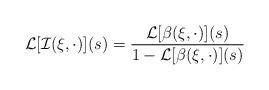
LaTeX: \begin{align*}\mathcal{L}[\mathcal{I}(\xi,\cdot)](s)=\frac{\mathcal{L}[\beta(\xi,\cdot)](s)}{1-\mathcal{L}[\beta(\xi,\cdot)](s)} \end{align*}